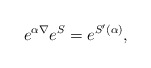
\begin{align*}e^{\alpha\nabla}e^{S}=e^{S^\prime(\alpha)},\end{align*}